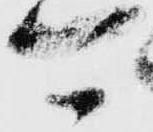
可